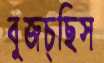
বুজচ্ছিস